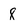
Character: 8